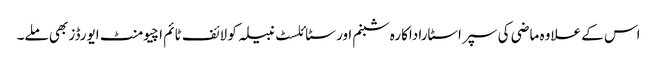
اس کے علاوہ ماضی کی سپر اسٹاراداکارہ شبنم اور سٹائلسٹ نبیلہ کو لائف ٹائم اچیومنٹ ایورڈز بھی ملے۔